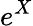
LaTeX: e^{X}